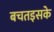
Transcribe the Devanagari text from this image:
बचतइसके